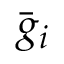
{ \bar { g } } _ { i }